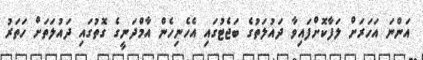
އަންނަ އަހަރަށް ލަފާކޮށްފައިވާ ދައުލަތުގެ ބަޖެޓުގައި އެހެނިހެން އާމްދަނީގެ ގޮތުގައި ދައުލަތަށް ހަތަރު